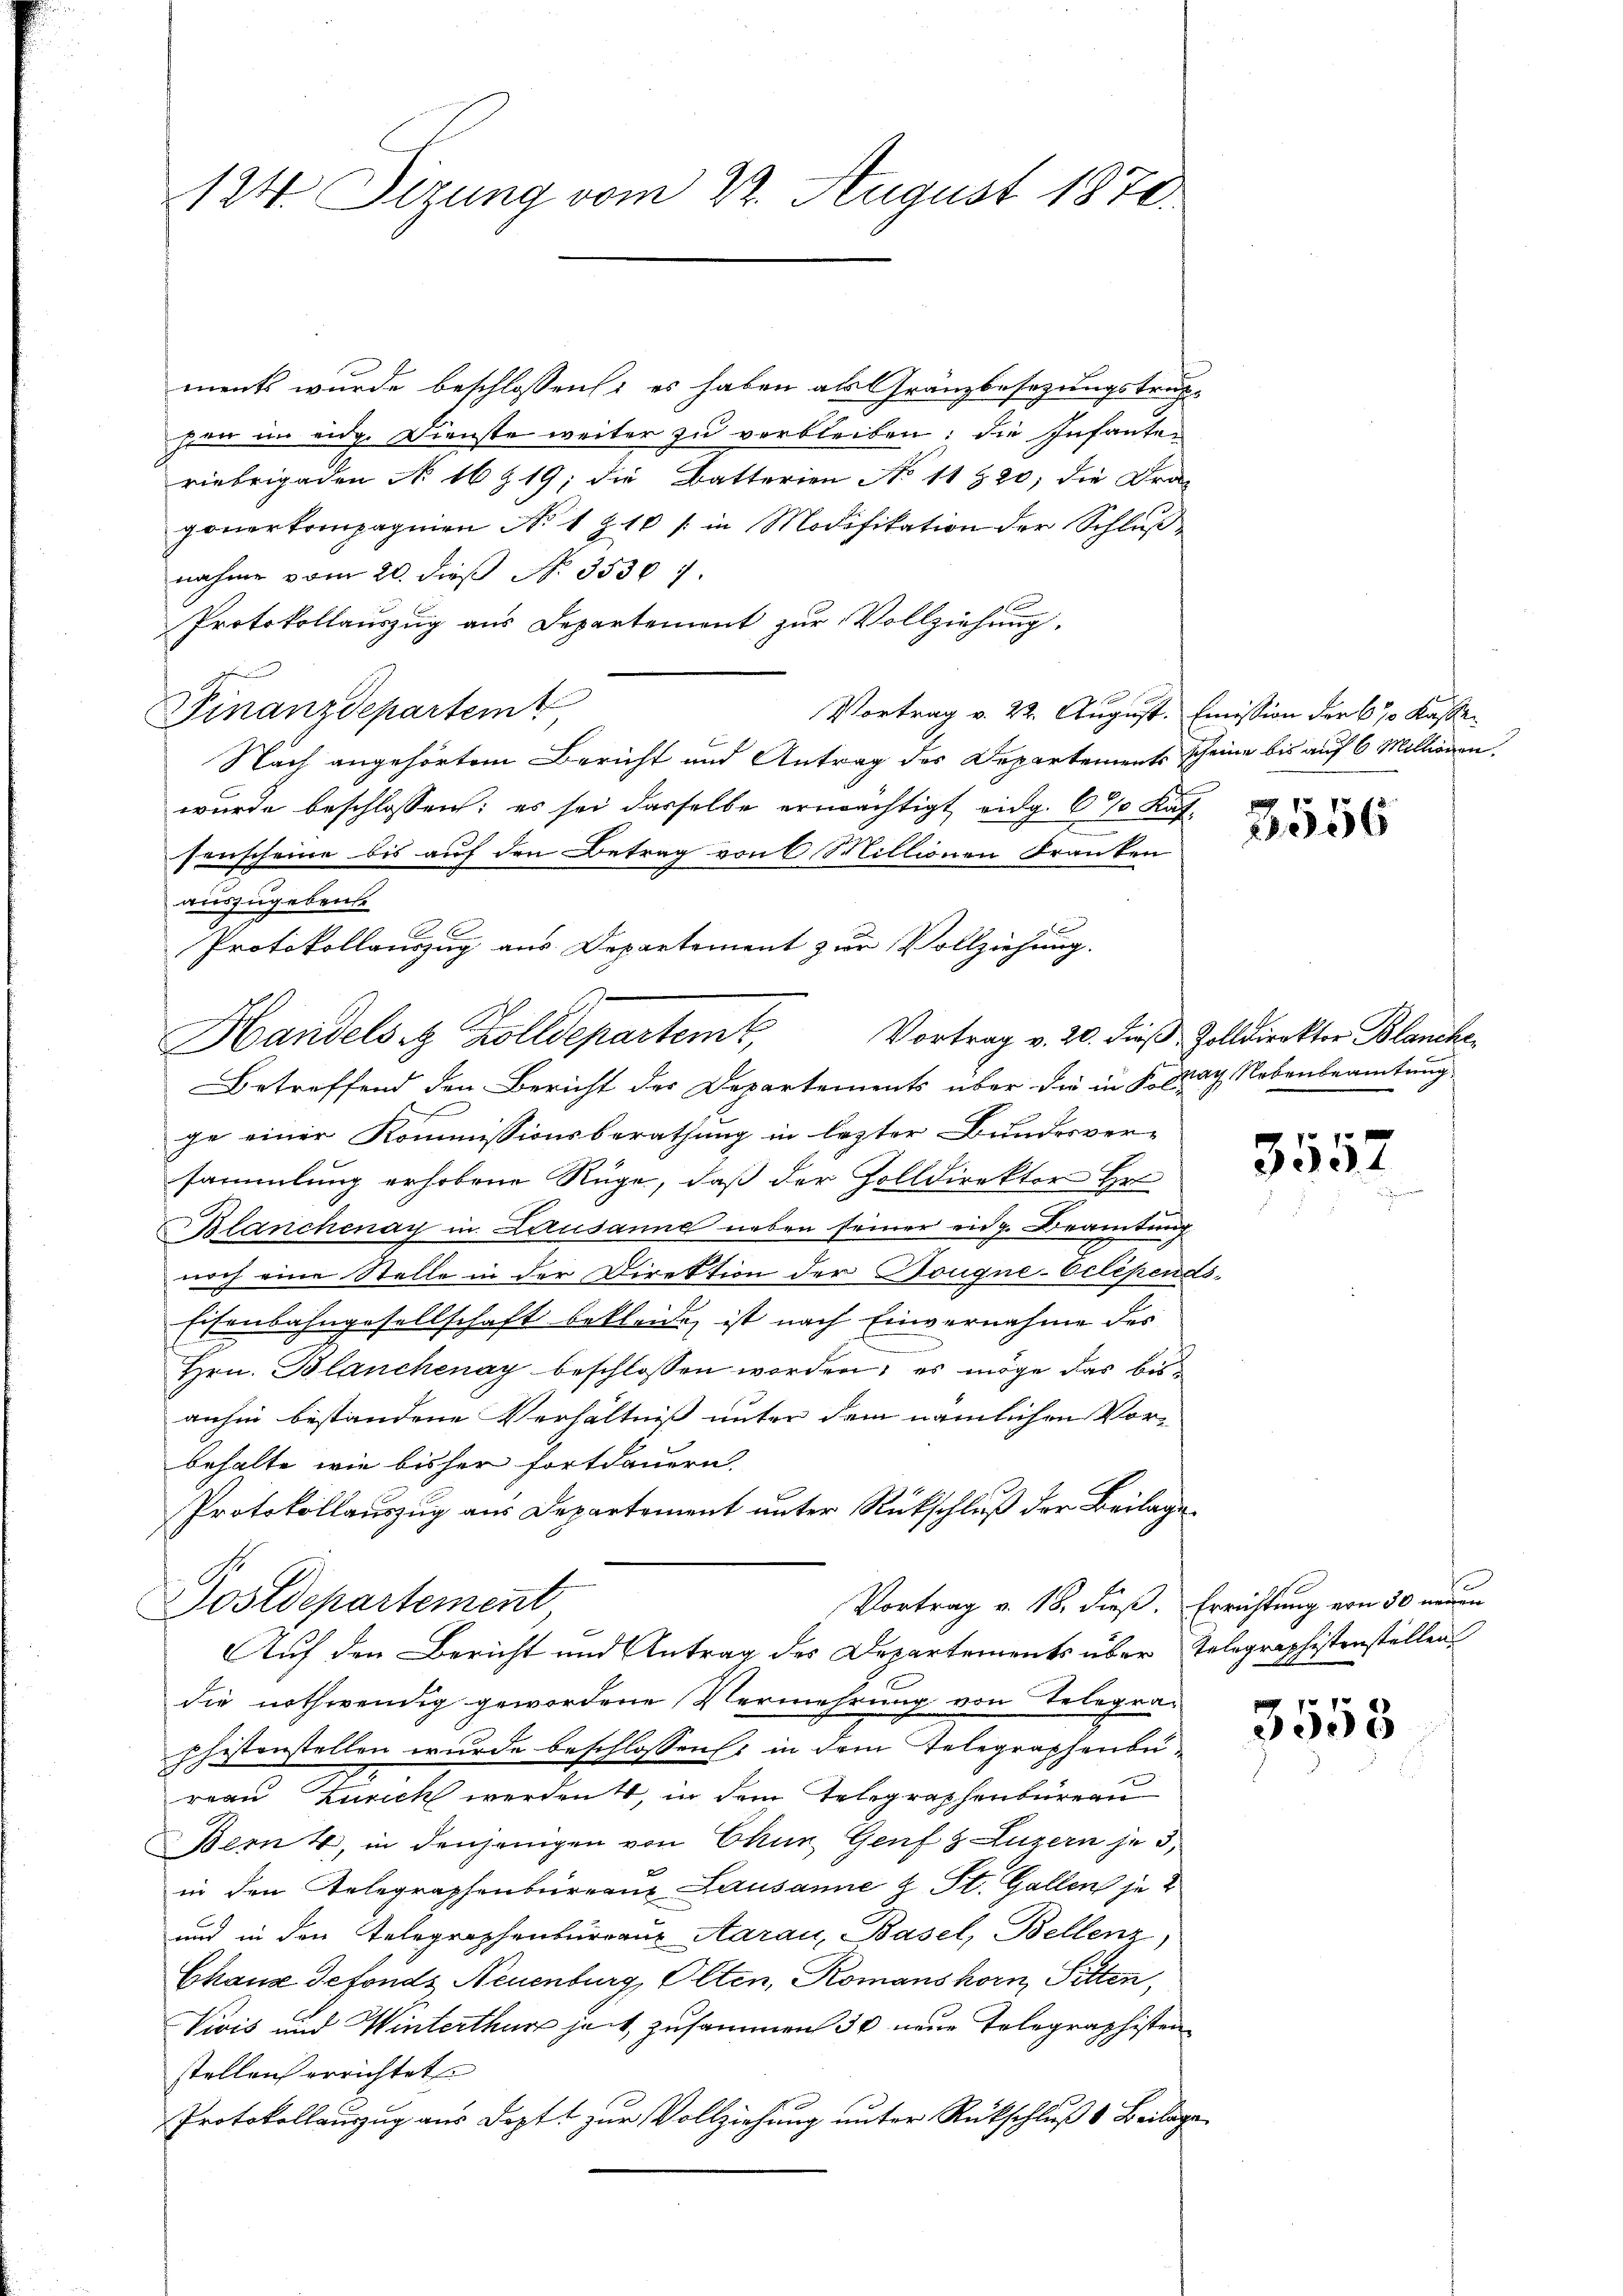
124. Sizung vom 22. August 1878

ments wurde beschlossen: es haben als Gränzbesezungstruc-
pen im eidg. Dienste weiter zu verbleiben: die Infante-
riebrigaden No 16 Z 19; die Batterien No 11 & 20; die Fra-
gonerkompagnien No 1 Z. 10 / in Modifikation der Schluß
nahme vom 20. dieß N. 35307.
Protokollauszug aus Departement zŭr Vollziehung.
Finanzdepartemt
Vortrag v. 22. August. Emission der 67 Kassen
Nach angehörtem Bericht und Antrag des Departements scheine bis auf 6 Millionen.
wurde beschlossen; es sei dasselbe erwächtigt eidg. 670 Käf-
senscheine bis auf den Betrag von 6 Millionen Franken
auszugeben.
Protokollauszug aus Departement zur Vollziehung.
Handels z. Kolldepartemt,
Betreffend den Bericht der Departements über die in K. May Nebenbeamtung
ge einer Kommissionsberathung in lezter Bundesver-
sammlung erhobene Rüge, daß der Zolldirektor Hr
Blanchenay in Lausanne neben seiner eidg. Beamtung
noch eine Stelle in der Direktion der Dougne-Eclipendi
Eisenbahngesellschaft bekleide, ist nach Einvernahme des
Hrn. Blanchenay beschlossen worden; es möge das bisanhin bestandene Verhältniß unter dem nämlichen Vorbehalte, wie bisher fortdauern.
Protokollauszug aus Departement unter Rückschluß der Beilage
Vortrag v. 18. dieß. Errichtung von 50 neuen
Postdepartement
Auf den Bericht und Antrag des Departements über Telegraphistenstellen
die nothwendig gewordene Vermehrung von Telegraphistenstellen wurde beschlossens in dem Telegraphenbureau Zürich werden, in dem Telegraphenbüreau
Bern 4, in denjenigen von Chur, Genf § Luzern je 3,
in den Telegraphenbureaus Lausanne & St. Gallen je 2
und in den Telegraphenbureaux Aarau, Basel, Bellenz,
Chaus defonds Neuenburg, Olten, Komanshorn, Sitten,
Vivis und Winterthur heit zusammen 30 neue Telegraphisten
stellen errichtet.
Protokollauszug aus Dopt zur Vollziehung unter Rückschluß  Beilage

3556

Vortrag v. 20. dieß Volldirektor Blanche

3557

3558